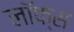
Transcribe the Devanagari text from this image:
लॉफ्स